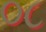
૦૮